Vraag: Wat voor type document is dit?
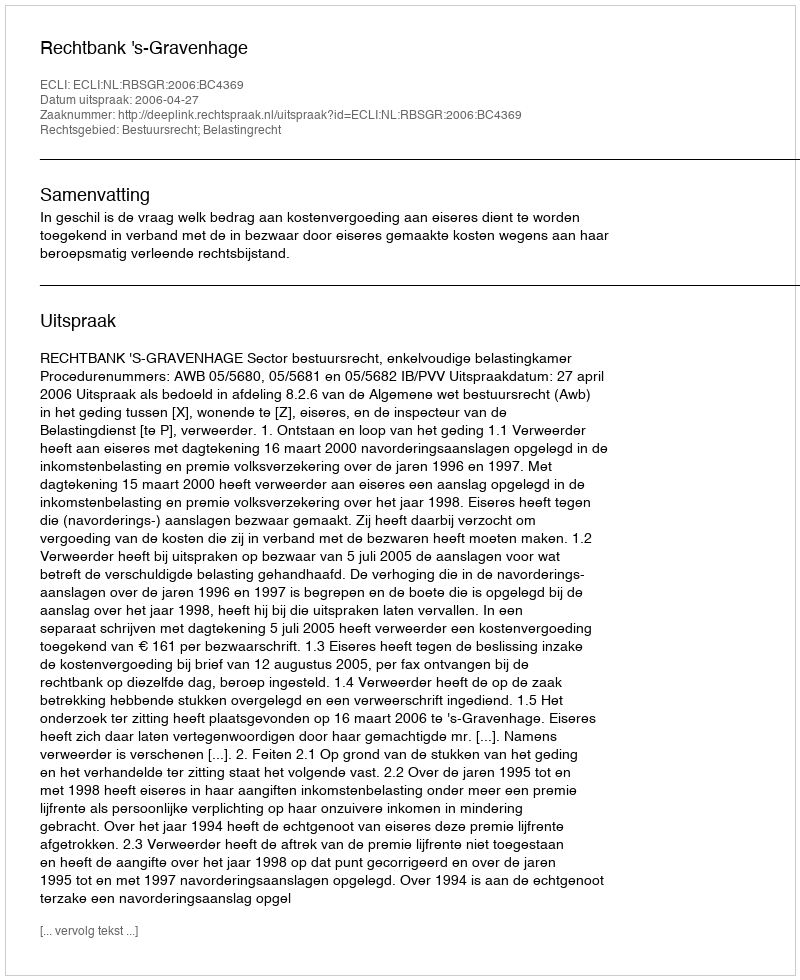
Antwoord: Uitspraak